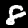
Label: 8